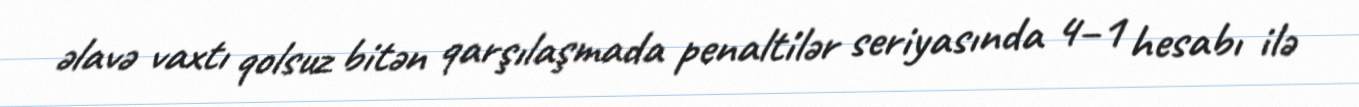
əlavə vaxtı qolsuz bitən qarşılaşmada penaltilər seriyasında 4–1 hesabı ilə